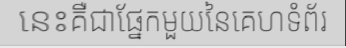
នេះគឺជាផ្នែកមួយនៃគេហទំព័រ